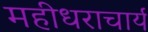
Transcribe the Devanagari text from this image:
महीधराचार्य